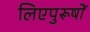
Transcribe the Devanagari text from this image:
लिएपुरूषों